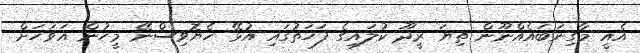
އެއީ މާގިނަބައެއްނޫން ތިޔަ ރީދޫ ކުލައިގެ ފަހަތުގައި އުޅޭ ހެޔޮވިސްނޭ މީހުން އަވަހަށް